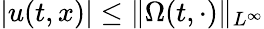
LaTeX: |u(t,x)|\leq\| \Omega(t,\cdot)\| _{L^{\infty}}